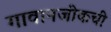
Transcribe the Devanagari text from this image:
गावानजीकची